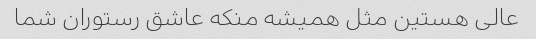
عالی هستین مثل همیشه منکه عاشق رستوران شما